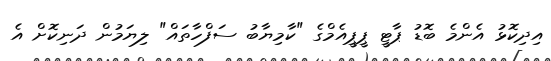
އިދިކޮޅު އެންމެ ބޮޑު ޕާޓީ ޕީޕީއެމްގެ "ކާމިޔާބު ސަފްހާތައް" ލިޔަމުން ދަނިކޮށް އެ